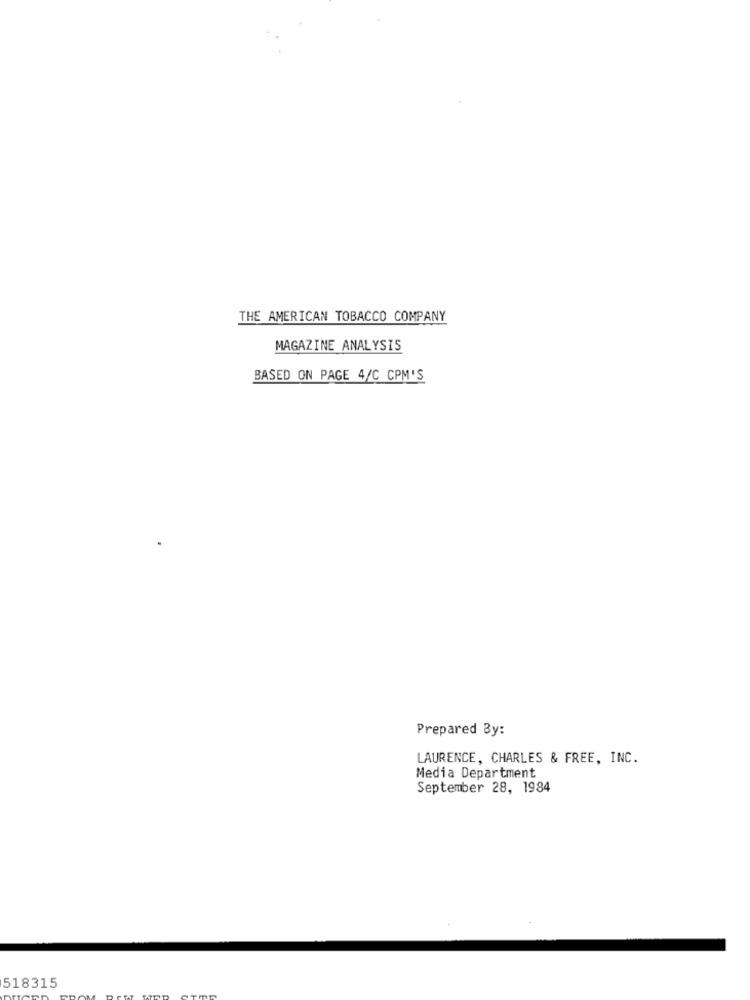
THE AMERICAN TOBACCO COMPANY
MAGAZINE ANALYSIS
BASED ON PAGE 4/C CPM'S
Prepared By:
LAURENCE, CHARLES & FREE, INC.
Media Department
September 28, 1984
518315